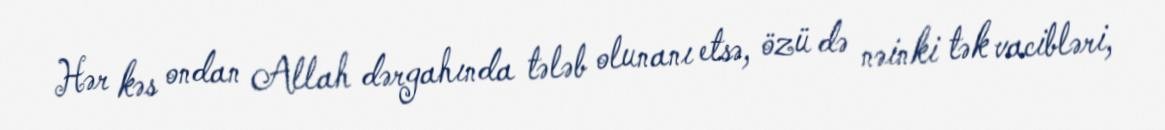
Hər kəs ondan Allah dərgahında tələb olunanı etsə, özü də nəinki tək vacibləri,